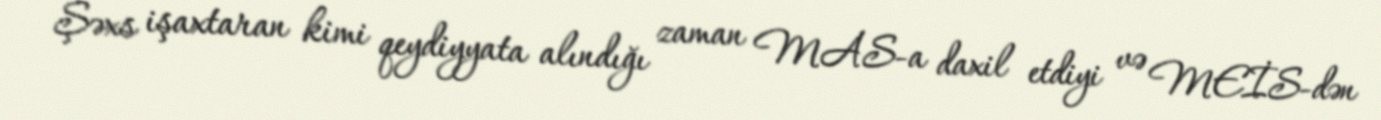
Şəxs işaxtaran kimi qeydiyyata alındığı zaman MAS-a daxil etdiyi və MEİS-dən